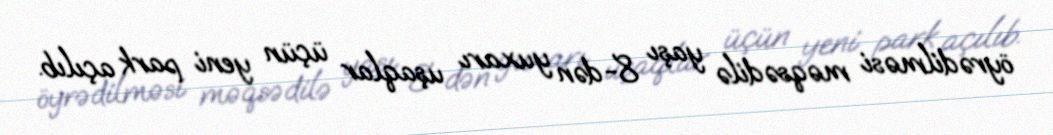
öyrədilməsi məqsədilə yaşı 8-dən yuxarı uşaqlar üçün yeni park açılıb.